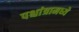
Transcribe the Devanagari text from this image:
पश्चांत्रामध्ये